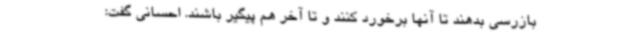
بازرسی بدهند تا آنها برخورد کنند و تا آخر هم پیگیر باشند. احسانی گفت: